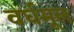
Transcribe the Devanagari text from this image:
वर्घमूल